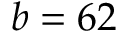
b = 6 2